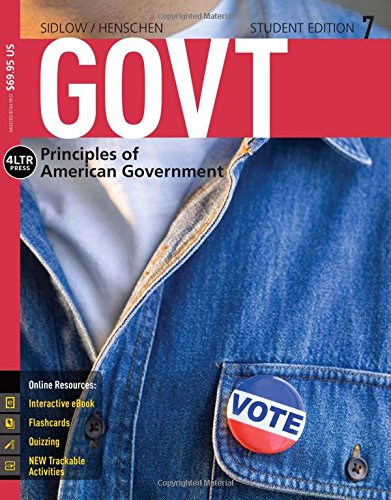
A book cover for GOVT 7 (with CourseMate, 1 term (6 months) Printed Access Card) (New, Engaging Titles from 4LTR Press); Edward I. Sidlow; Politics & Social Sciences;